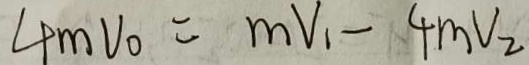
4 m V _ { 0 } = m V _ { 1 } - 4 m V _ { 2 }